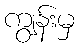
ကျွန်းမှ